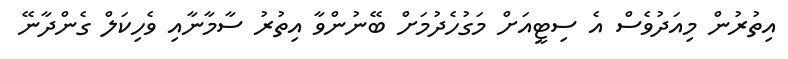
އިތުރުން މިއަދުވެސް އެ ސިޓީއަށް މަގުހެދުމަށް ބޭނުންވާ އިތުރު ސާމާނާއި ވެހިކަލް ގެންދާނޭ